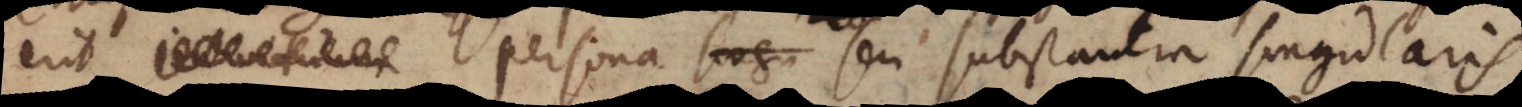
persona singu seu substantia singularis.